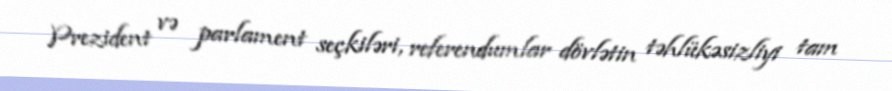
Prezident və parlament seçkiləri, referendumlar dövlətin təhlükəsizliyi tam